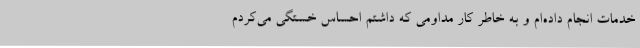
خدمات انجام داده‌ام و به خاطر کار مداومی که داشتم احساس خستگی می‌کردم